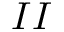
I I